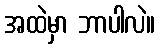
အထဲမှာ ဘာပါလဲ။